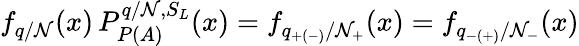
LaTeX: f_{q/\mathcal{N}}(x)\, P_{P(A)}^{q/\mathcal{N},S_{L}}(x)=f_{q_{+(-)}/\mathcal{N}_{+}}(x)=f_{q_{-(+)}/\mathcal{N}_{-}}(x)